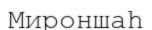
Мироншаһ